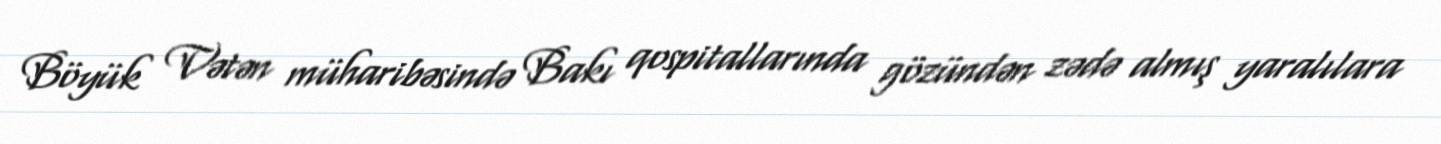
Böyük Vətən müharibəsində Bakı qospitallarında gözündən zədə almış yaralılara